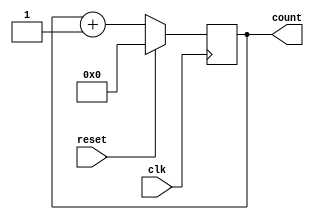
module synchronous_reset_counter (
    input wire clk,       // Clock signal
    input wire reset,     // Synchronous reset signal
    output reg [7:0] count // 8-bit counter output
);

// Always block triggered on the rising edge of the clock
always @(posedge clk) begin
    // Check for reset condition
    if (reset) begin
        // Reset the count to 0
        count <= 8'b00000000;
    end else begin
        // Normal operation: increment the counter
        count <= count + 1;
    end
end

endmodule